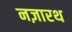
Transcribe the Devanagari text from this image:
नज़ारथ